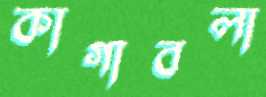
কাগাবলা